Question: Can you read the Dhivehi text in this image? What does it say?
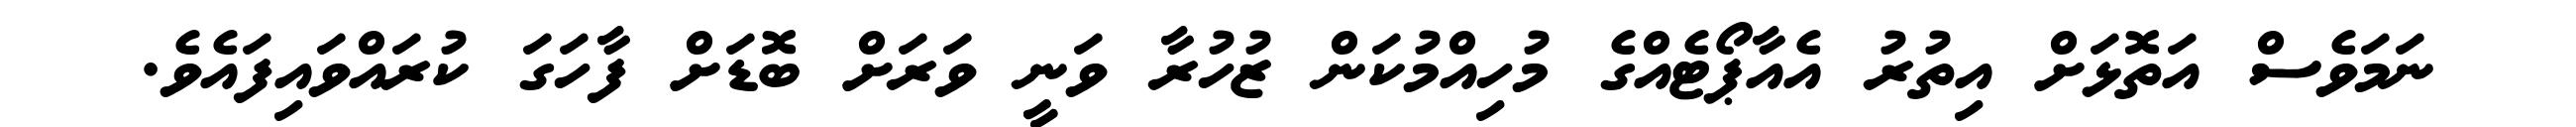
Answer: ނަމަވެސް އަތޮޅަށް އިތުރު އެއާޕޯޓެއްގެ މުހިއްމުކަން ޒުހުރާ ވަނީ ވަރަށް ބޮޑަށް ފާހަގަ ކުރައްވައިފައެވެ.